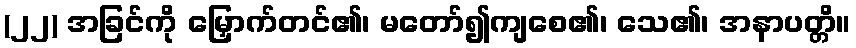
(၂၂) အခြင်ကို မြှောက်တင်၏၊ မတော်၍ကျစေ၏၊ သေ၏၊ အနာပတ္တိ။